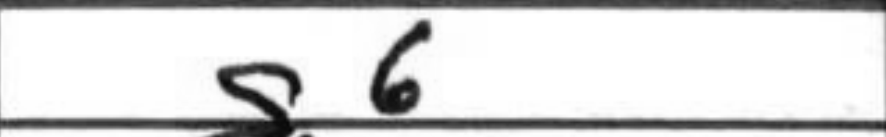
Transcription: g6